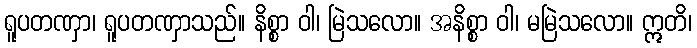
ရူပတဏှာ၊ ရူပတဏှာသည်။ နိစ္စာ ဝါ၊ မြဲသလော။ အနိစ္စာ ဝါ၊ မမြဲသလော။ ဣတိ၊